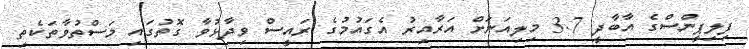
ފިލިޕީންސްގެ އާބާދީ 3.7 މިލިއަނަށް އަރާއިރު އެގައުމުގެ ރައީސް ވިދާޅުވާ ގޮތުގައި މަސްތުވާތަކެތި